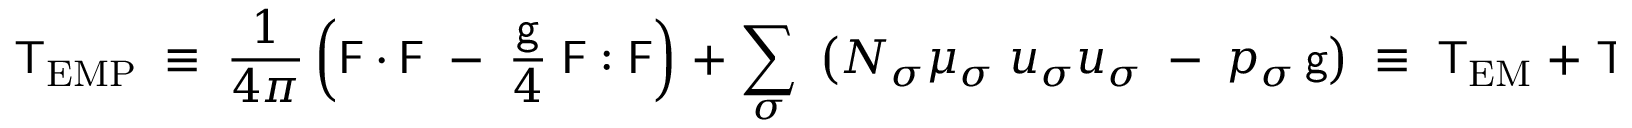
{ \sf T } _ { \mathrm { E M P } } \; \equiv \; \frac { 1 } { 4 \pi } \left( { \sf F } \cdot { \sf F } \; - \; \frac { { \sf g } } { 4 } \; { \sf F } : { \sf F } \right) \; + \; \sum _ { \sigma } \; \left( N _ { \sigma } \mu _ { \sigma } \; u _ { \sigma } u _ { \sigma } \; - \; p _ { \sigma } \, { \sf g } \right) \; \equiv \; { \sf T } _ { \mathrm { E M } } \; + \; { \sf T } _ { \mathrm { P } } ,